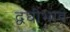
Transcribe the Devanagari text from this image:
द्वधीभाव